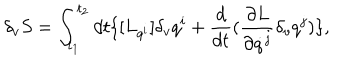
\delta _ { v } { S } = \int _ { t _ { 1 } } ^ { t _ { 2 } } d t \{ [ { L } _ { q ^ { i } } ] \delta _ { v } q ^ { i } + \frac { d } { d t } ( \frac { \partial { L } } { \partial \dot { q } ^ { j } } \delta _ { v } q ^ { j } ) \} ,